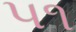
૫૧